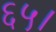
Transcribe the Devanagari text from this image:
६५।